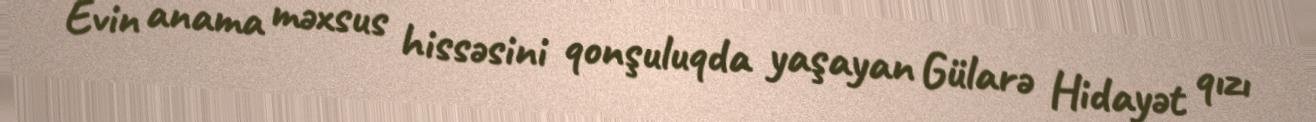
Evin anama məxsus hissəsini qonşuluqda yaşayan Gülarə Hidayət qızı